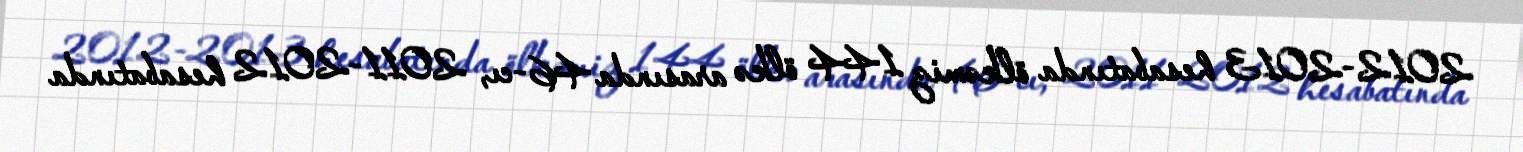
2012-2013 hesabatında ölkəmiz 144 ölkə arasında 46-cı, 2011-2012 hesabatında